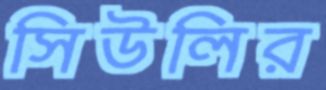
সিউলির